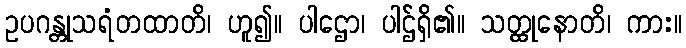
ဥပဂန္တုသရံတထာတိ၊ ဟူ၍။ ပါဌော၊ ပါဌ်ရှိ၏။ သတ္ထုနောတိ၊ ကား။